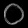
Digit: ၀